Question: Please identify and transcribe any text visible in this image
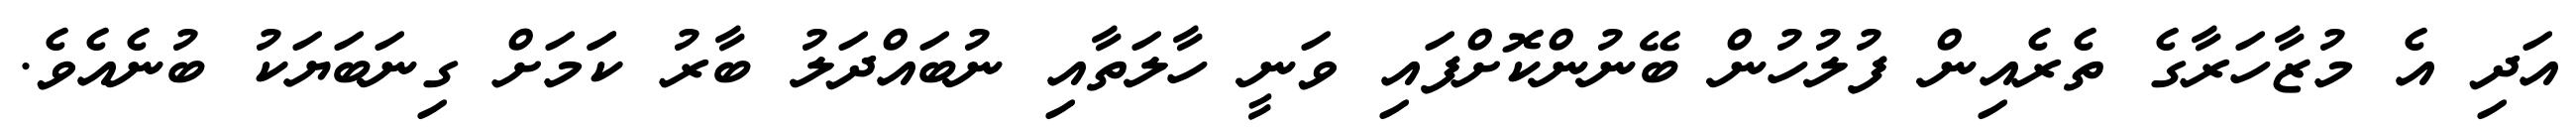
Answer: އަދި އެ މުޒާހަރާގެ ތެރެއިން ފުލުހުން ބޭނުންކޮށްފައި ވަނީ ހާލަތާއި ނުބައްދަލު ބާރު ކަަމަށް ގިނަބަޔަކު ބުނެއެވެ.